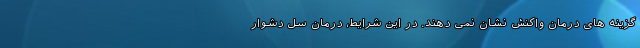
گزینه های درمان واکنش نشان نمی دهند. در این شرایط، درمان سل دشوار